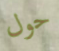
حول